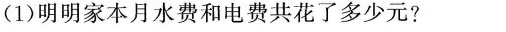
(1)明明家本月水费和电费共花了多少元?